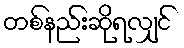
တစ်နည်းဆိုရလျှင်